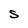
Character: S